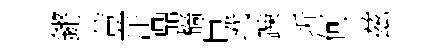
鏘荳汗鼎檣巨玳踈圻何兹